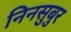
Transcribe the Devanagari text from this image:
निनसुबुर